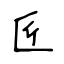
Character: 匠